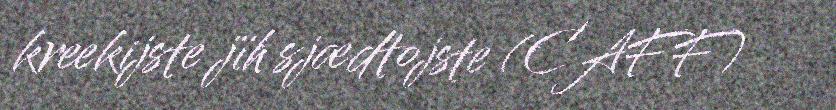
kreekijste jïh sjædtojste (CAFF)